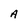
Character: A